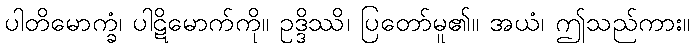
ပါတိမောက္ခံ၊ ပါဋိမောက်ကို။ ဥဒ္ဒိဿိ၊ ပြတော်မူ၏။ အယံ၊ ဤသည်ကား။